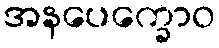
အနပေက္ခောဝ